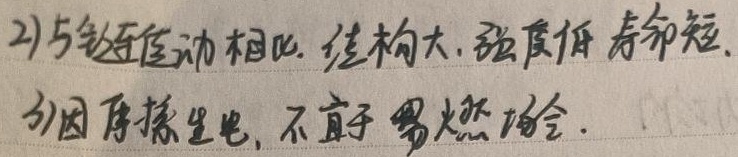
2)与铅蓄电池相比，结构大，强度低，寿命短。
3)因摩擦生电，不宜于易燃场合。